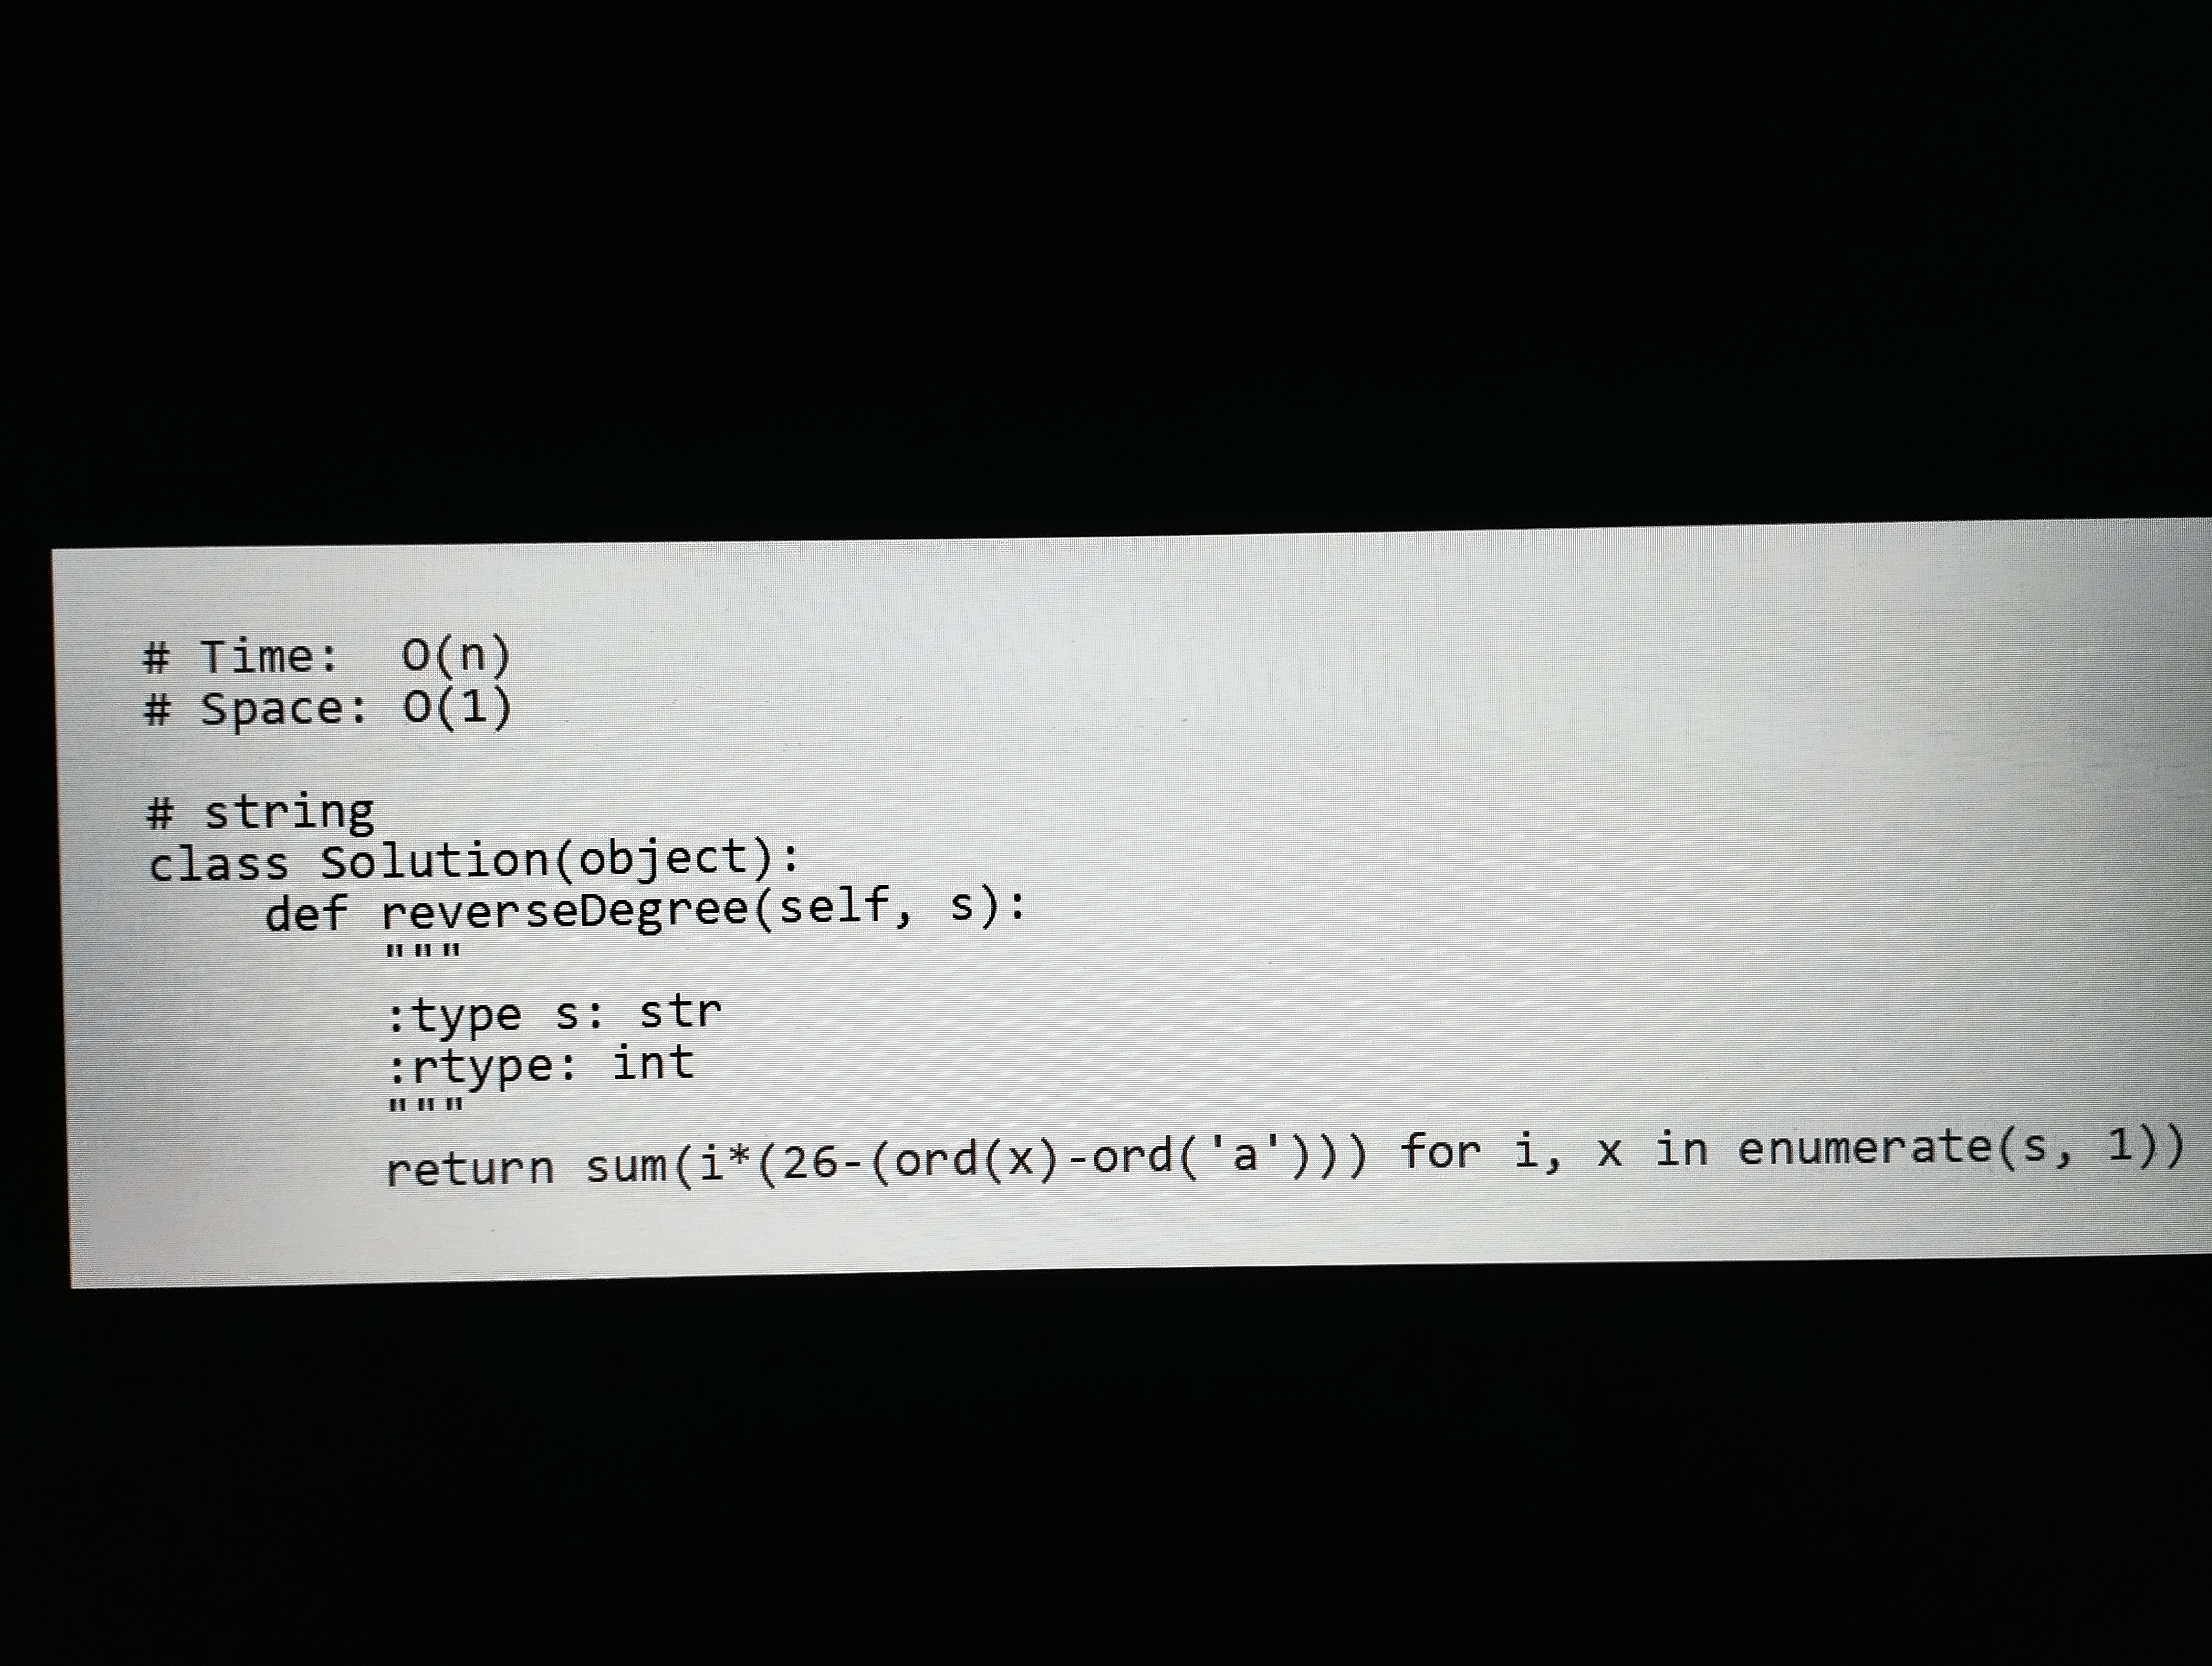
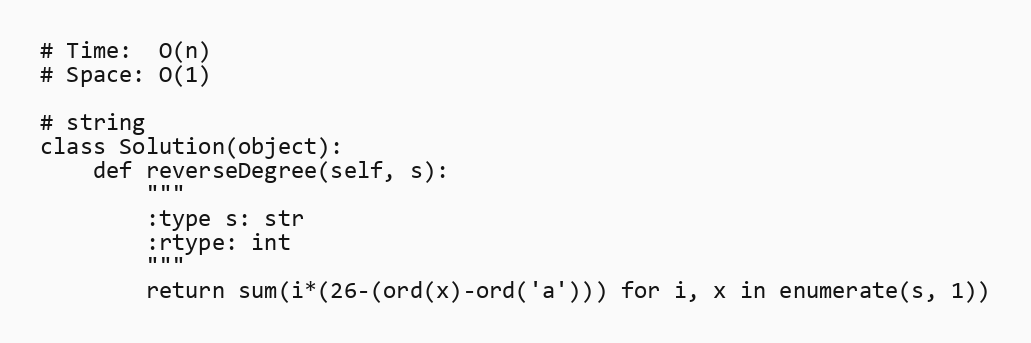
# Time:  O(n)
# Space: O(1)

# string
class Solution(object):
    def reverseDegree(self, s):
        """
        :type s: str
        :rtype: int
        """
        return sum(i*(26-(ord(x)-ord('a'))) for i, x in enumerate(s, 1))